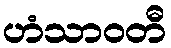
ဟံသာဝတီ